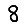
Digit: 8